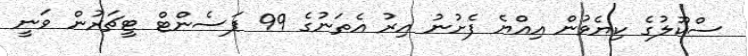
ސްކޫލުގެ ކިޔެވުން އިއްޔެ ފެށުނު އިރު އެތަނުގެ 99 ޕަސެންޓް ޓީޗަރުން ވަނީ